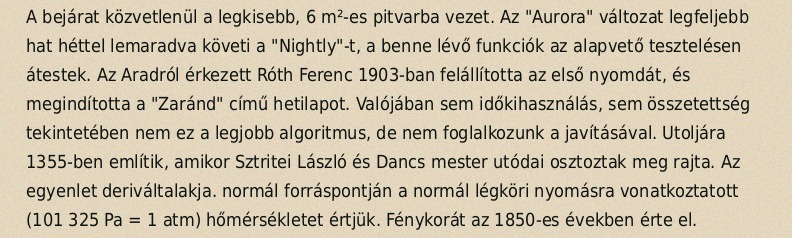
A bejárat közvetlenül a legkisebb, 6 m²-es pitvarba vezet. Az "Aurora" változat legfeljebb hat héttel lemaradva követi a "Nightly"-t, a benne lévő funkciók az alapvető tesztelésen átestek. Az Aradról érkezett Róth Ferenc 1903-ban felállította az első nyomdát, és megindította a "Zaránd" című hetilapot. Valójában sem időkihasználás, sem összetettség tekintetében nem ez a legjobb algoritmus, de nem foglalkozunk a javításával. Utoljára 1355-ben említik, amikor Sztritei László és Dancs mester utódai osztoztak meg rajta. Az egyenlet deriváltalakja. normál forráspontján a normál légköri nyomásra vonatkoztatott (101 325 Pa = 1 atm) hőmérsékletet értjük. Fénykorát az 1850-es években érte el.